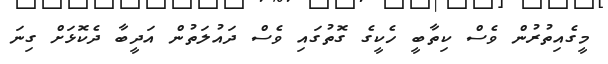
މީގެއިތުރުން ވެސް ކިތާބީ ހެކީގެ ގޮތުގައި ވެސް ދައުލަތުން އަދީބާ ދެކޮޅަށް ގިނަ